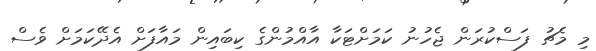
މި މެޗު ފަސްކުރަން ޖެހުނު ކަމަށްޓަކާ އާއްމުންގެ ކިބައިން މައާފަށް އެދޭކަމަށް ވެސް